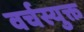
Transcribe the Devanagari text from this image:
वर्चस्युक्त